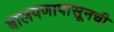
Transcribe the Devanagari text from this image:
बालपणापासूनची